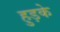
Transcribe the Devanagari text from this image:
हुड़के